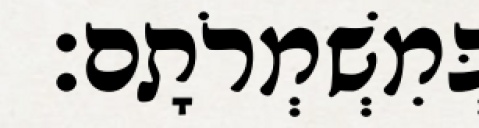
בְּמִשְׁמְרֹתָם׃